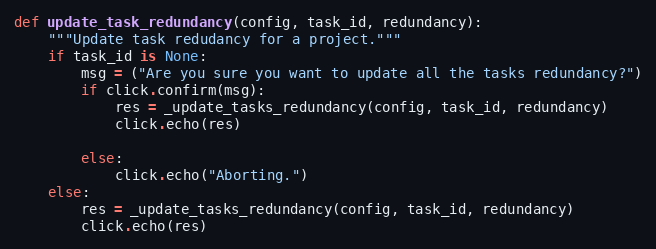
Language: Python
def update_task_redundancy(config, task_id, redundancy):
    """Update task redudancy for a project."""
    if task_id is None:
        msg = ("Are you sure you want to update all the tasks redundancy?")
        if click.confirm(msg):
            res = _update_tasks_redundancy(config, task_id, redundancy)
            click.echo(res)

        else:
            click.echo("Aborting.")
    else:
        res = _update_tasks_redundancy(config, task_id, redundancy)
        click.echo(res)